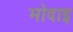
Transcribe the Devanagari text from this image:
मोदाइ